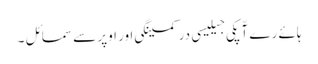
ہائے رے آّپکی جیلیسی در کمینگی اور اوپر سے سمائل ۔